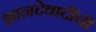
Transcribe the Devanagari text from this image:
ज्ञानदेवादींची